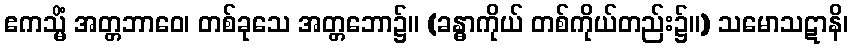
ဧကသ္မိံ အတ္တဘာဝေ၊ တစ်ခုသေ အတ္တဘော၌။ (ခန္ဓာကိုယ် တစ်ကိုယ်တည်း၌။) သမောသဋာနိ၊